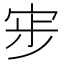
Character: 𭓷